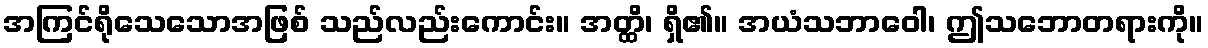
အကြင်ရိုသေသောအဖြစ် သည်လည်းကောင်း။ အတ္ထိ၊ ရှိ၏။ အယံသဘာဝေါ၊ ဤသဘောတရားကို။